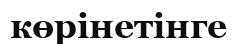
көрінетінге